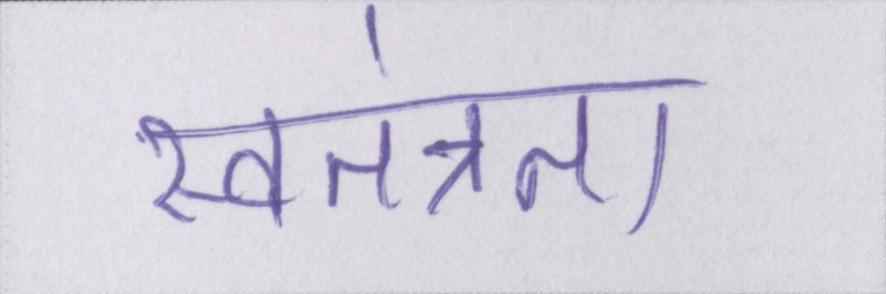
स्वतंत्रता